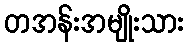
တအန်းအမျိုးသား